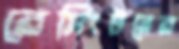
রেমিংটনের